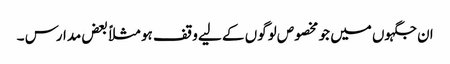
ان جگہوں میں جو مخصوص لوگوں کے لیے وقف ہو مثلاً بعض مدارس ۔